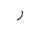
Letter: _ra